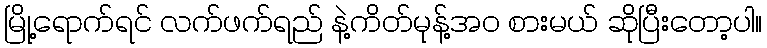
မြို့ရောက်ရင် လက်ဖက်ရည် နဲ့ကိတ်မုန့်အဝ စားမယ် ဆိုပြီးတော့ပါ။